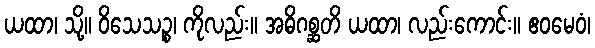
ယထာ၊ သို့။ ဝိသေသဉ္စ၊ ကိုလည်း။ အဓိဂစ္ဆတိ ယထာ၊ လည်းကောင်း။ ဧဝမေဝံ၊